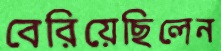
বেরিয়েছিলেন